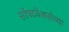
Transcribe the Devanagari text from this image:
सॉफ्टवेअर्सच्या